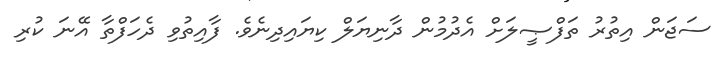
ސަޖަން އިތުރު ތަފްޞީލަށް އެދުމުން ދާނިޔަލް ކިޔައިދިނެވެ. ފާއިތުވި ދެހަފްތާ އޭނަ ކުރި